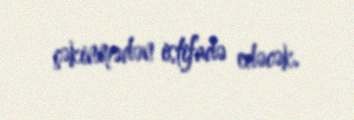
çəkinmədən istifadə edəcək.